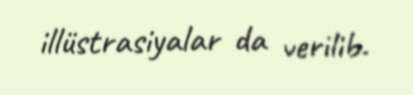
illüstrasiyalar da verilib.